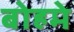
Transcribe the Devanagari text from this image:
बोहमे